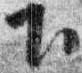
下